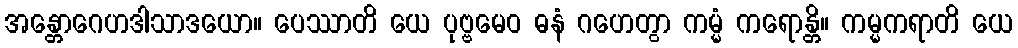
အန္တောဂေဟဒါသာဒယော။ ပေဿာတိ ယေ ပုဗ္ဗမေဝ ဓနံ ဂဟေတွာ ကမ္မံ ကရောန္တိ။ ကမ္မကရာတိ ယေ